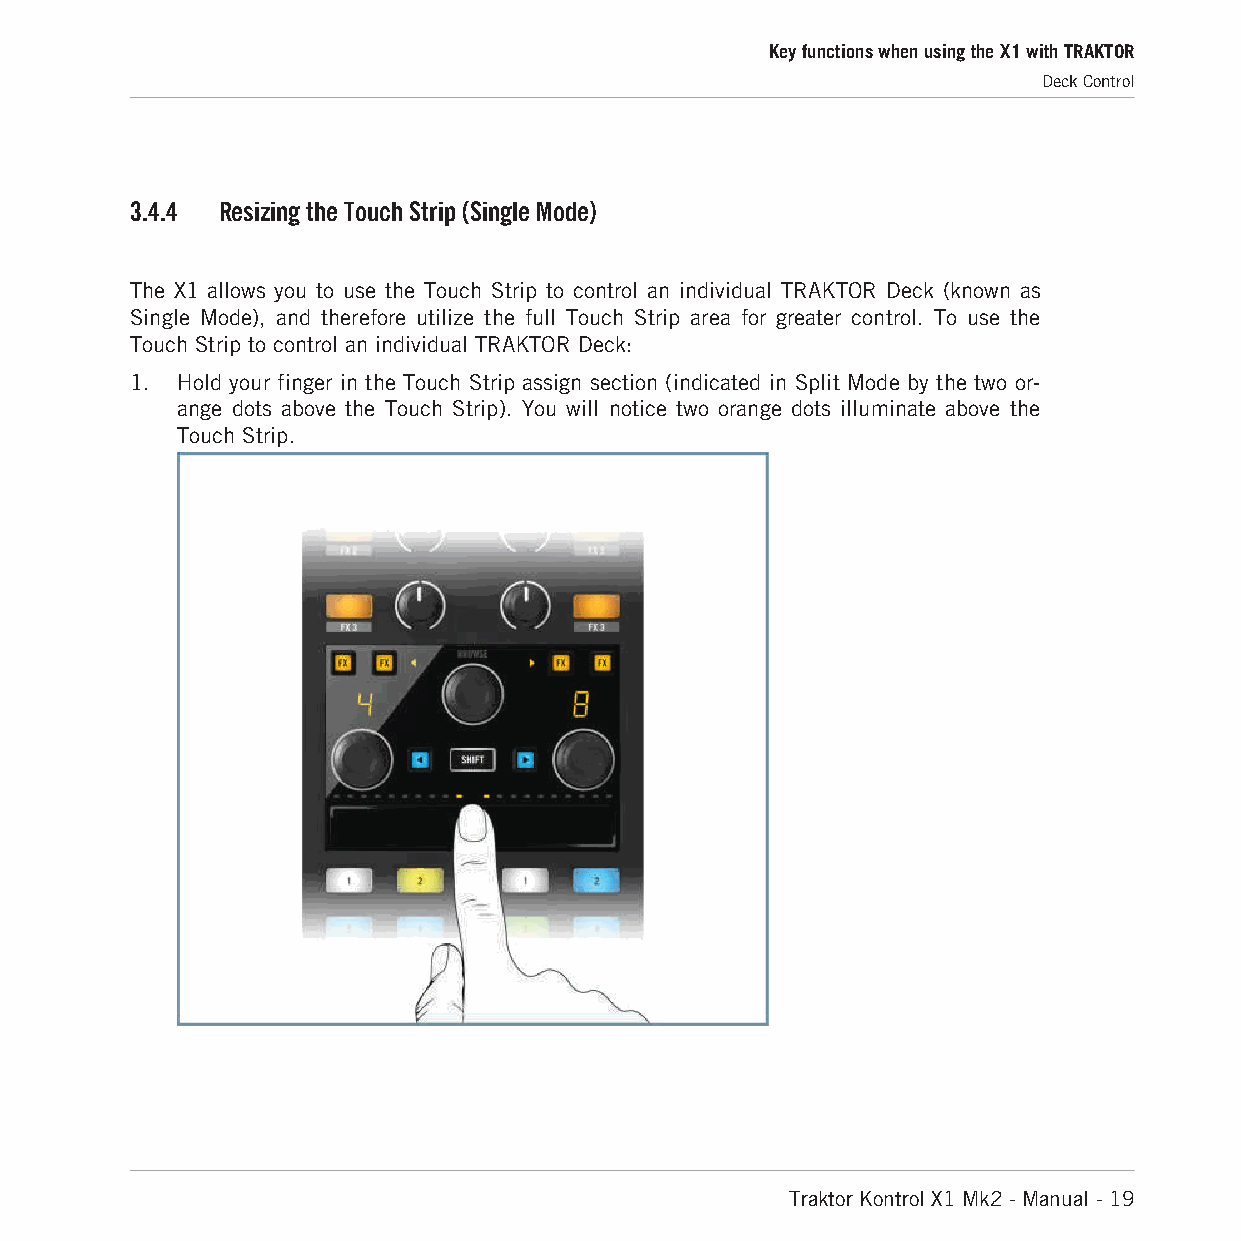
Key functions when using the X1 with TRAKTOR
 Deck Control
 3.4.4 Resizing the Touch Strip (Single Mode)
 The X1 allows you to use the Touch Strip to control an individual TRAKTOR Deck (known as
 Single Mode), and therefore utilize the full Touch Strip area for greater control. To use the
 Touch Strip to control an individual TRAKTOR Deck:
 1. Hold your finger in the Touch Strip assign section (indicated in Split Mode by the two or-
 ange dots above the Touch Strip). You will notice two orange dots illuminate above the
 Touch Strip.
 Traktor Kontrol X1 Mk2 - Manual - 19